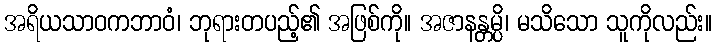
အရိယသာဝကဘာဝံ၊ ဘုရားတပည့်၏ အဖြစ်ကို။ အဇာနန္တမ္ပိ၊ မသိသော သူကိုလည်း။